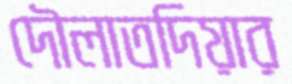
দৌলাতদিয়ার